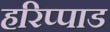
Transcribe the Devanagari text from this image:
हरिप्पाड